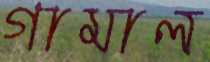
গামাল